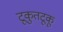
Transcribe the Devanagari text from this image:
टूकुतटूकू